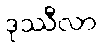
ဒုဿီလာ